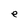
Character: e